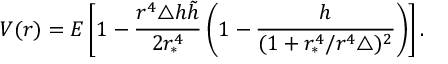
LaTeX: V ( r ) = E \left[ 1 - \frac { r ^ { 4 } \triangle h \tilde { h } } { 2 r _ { * } ^ { 4 } } \left( 1 - \frac { h } { ( 1 + r _ { * } ^ { 4 } / r ^ { 4 } \triangle ) ^ { 2 } } \right) \right] .